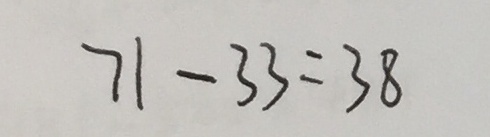
7 1 - 3 3 = 3 8